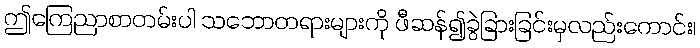
ဤကြေညာစာတမ်းပါ သဘောတရားများကို ဖီဆန်၍ခွဲခြားခြင်းမှလည်းကောင်း၊